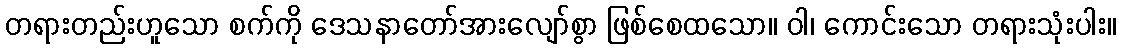
တရားတည်းဟူသော စက်ကို ဒေသနာတော်အားလျော်စွာ ဖြစ်စေထသော။ ဝါ၊ ကောင်းသော တရားသုံးပါး။